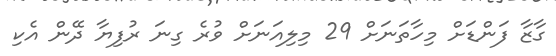
ގާޒާ ފަންޑަށް މިހާތަނަށް 29 މިލިއަނަށް ވުރެ ގިނަ ރުފިޔާ ދޭން އެކި